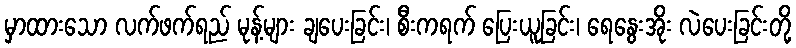
မှာထားသော လက်ဖက်ရည် မုန့်များ ချပေးခြင်း၊ စီးကရက် ပြေးယူခြင်း၊ ရေနွေးအိုး လဲပေးခြင်းတို့